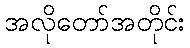
အလိုတော်အတိုင်း